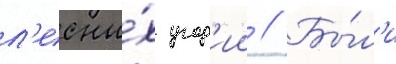
л'есны́х угод'ии // Бы́л'и